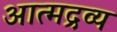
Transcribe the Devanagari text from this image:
आत्मद्रव्य